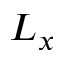
L _ { x }